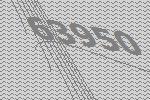
63950